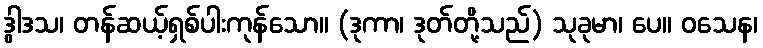
ဒွါဒသ၊ တန်ဆယ့်ရှစ်ပါးကုန်သော။ (ဒုကာ၊ ဒုတ်တို့သည်) သုခုမာ၊ ပေ။ ဝသေန၊